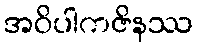
အဝိပါကဇိနဿ